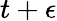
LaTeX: t+\epsilon